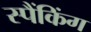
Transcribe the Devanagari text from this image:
स्पैंकिंग